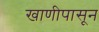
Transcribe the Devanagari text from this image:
खाणीपासून